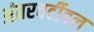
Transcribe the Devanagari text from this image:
अंतरवर्टीबल